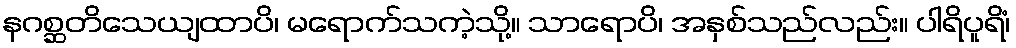
နဂစ္ဆတိသေယျထာပိ၊ မရောက်သကဲ့သို့။ သာရောပိ၊ အနှစ်သည်လည်း။ ပါရိပူရိံ၊